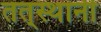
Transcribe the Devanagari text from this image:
तत्‌स्थानी